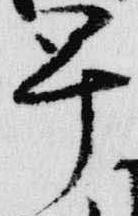
早